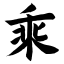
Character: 乘